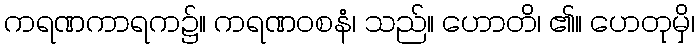
ကရဏကာရက၌။ ကရဏဝစနံ၊ သည်။ ဟောတိ၊ ၏။ ဟေတုမှိ၊